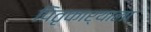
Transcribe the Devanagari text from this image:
पितृकार्याला